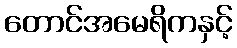
တောင်အမေရိကနှင့်